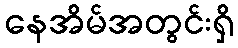
နေအိမ်အတွင်းရှိ